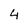
Character: 4